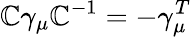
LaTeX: \mathbb{C}\gamma_{\mu}\mathbb{C}^{-1}=-\gamma_{\mu}^{T}